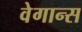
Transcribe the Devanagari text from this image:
वेगान्स